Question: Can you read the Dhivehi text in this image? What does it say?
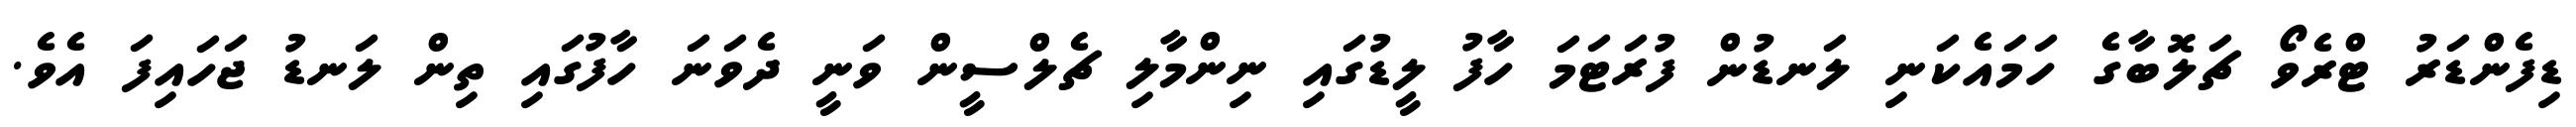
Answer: ޑިފެންޑަރު ޓްރެވޯ ޗަލޮބާގެ ހަމައެކަނި ލަނޑުން ފުރަޓަމަ ހާފު ލީޑުގައި ނިންމާލި ޗެލްސީން ވަނީ ދެވަނަ ހާފުގައި ތިން ލަނޑު ޖަހައިފަ އެވެ.